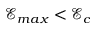
\mathcal { E } _ { m a x } < \mathcal { E } _ { c }